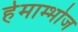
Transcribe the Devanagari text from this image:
हेमाम्भोज